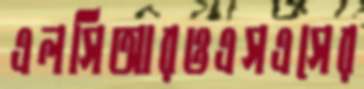
এলসিআরওএসএসের